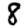
Digit: 8